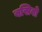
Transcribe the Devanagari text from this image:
बसिबो